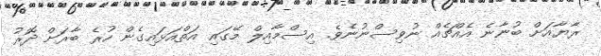
ރާޔާއަށް ބުނާނެ އެއްޗެއް ނުވިސްނުނެވެ. އިސްމާއިލް މޭގައި އަތްއަޅައިގެން ހުރެ ބާރަށް ދޮރު